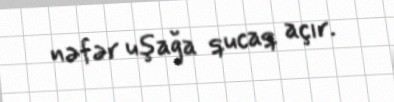
nəfər uşağa qucaq açır.